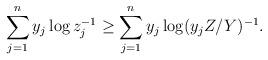
LaTeX: \begin{align*}\sum_{j=1}^n y_j\log z_j^{-1}\ge \sum_{j=1}^{n} y_j\log (y_jZ/Y)^{-1}.\end{align*}